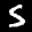
Label: 5